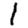
Digit: 1